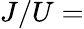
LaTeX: J/U=